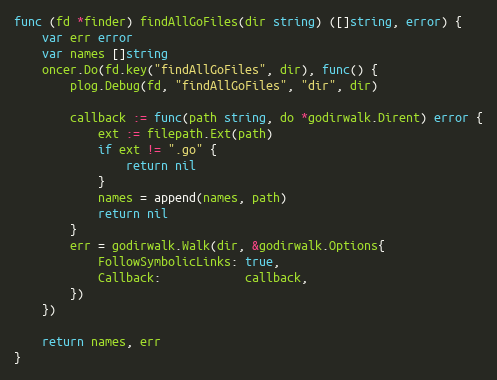
Language: Go
func (fd *finder) findAllGoFiles(dir string) ([]string, error) {
	var err error
	var names []string
	oncer.Do(fd.key("findAllGoFiles", dir), func() {
		plog.Debug(fd, "findAllGoFiles", "dir", dir)

		callback := func(path string, do *godirwalk.Dirent) error {
			ext := filepath.Ext(path)
			if ext != ".go" {
				return nil
			}
			names = append(names, path)
			return nil
		}
		err = godirwalk.Walk(dir, &godirwalk.Options{
			FollowSymbolicLinks: true,
			Callback:            callback,
		})
	})

	return names, err
}